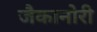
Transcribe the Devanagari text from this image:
जैकानोरी